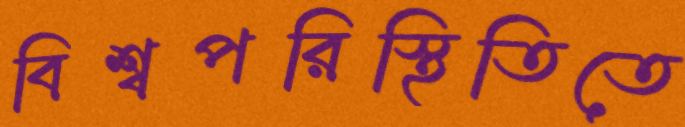
বিশ্বপরিস্থিতিতে